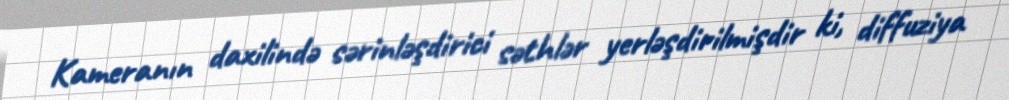
Kameranın daxilində sərinləşdirici səthlər yerləşdirilmişdir ki, diffuziya